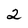
Character: 2